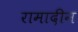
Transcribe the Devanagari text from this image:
रामादीन